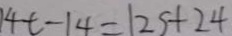
1 4 t - 1 4 = 1 2 s + 2 4